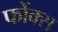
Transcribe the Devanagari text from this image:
फोंक्स